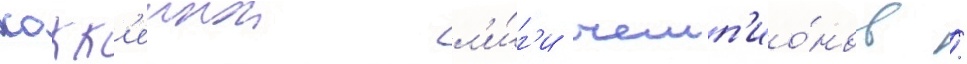
хокк'еинои л'и́г'и чемп'ио́нов /